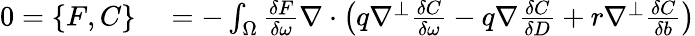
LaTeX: \begin{array}{rl}{0=\{ F,C\} }&{{}=-\int_{\Omega}\frac{\delta F}{\delta\omega}\nabla\cdot\left(q\nabla^{\perp}\frac{\delta C}{\delta\omega}-q\nabla\frac{\delta C}{\delta D}+r\nabla^{\perp}\frac{\delta C}{\delta b}\right)}\end{array}